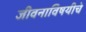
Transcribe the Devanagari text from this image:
जीवनाविषयीचे